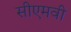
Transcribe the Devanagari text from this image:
सीएमवी